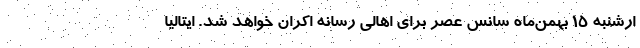
ارشنبه ۱۵ بهمن‌ماه سانس عصر برای اهالی رسانه اکران خواهد شد. ایتالیا